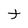
Character: t